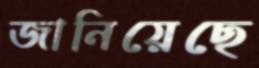
জানিয়েছে